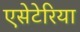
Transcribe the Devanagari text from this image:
एसेटेरिया